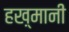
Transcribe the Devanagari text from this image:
हख़्मानी